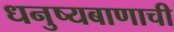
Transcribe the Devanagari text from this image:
धनुष्यबाणाची